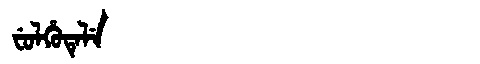
Manchu: ᠸᡠᠯᡥᡠᡨᡝᠯᡝ
Romanization: FULHUTELE